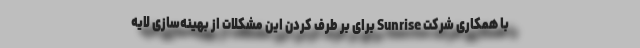
با همکاری شرکت Sunrise برای بر طرف کردن این مشکلات از بهینه‌سازی لایه